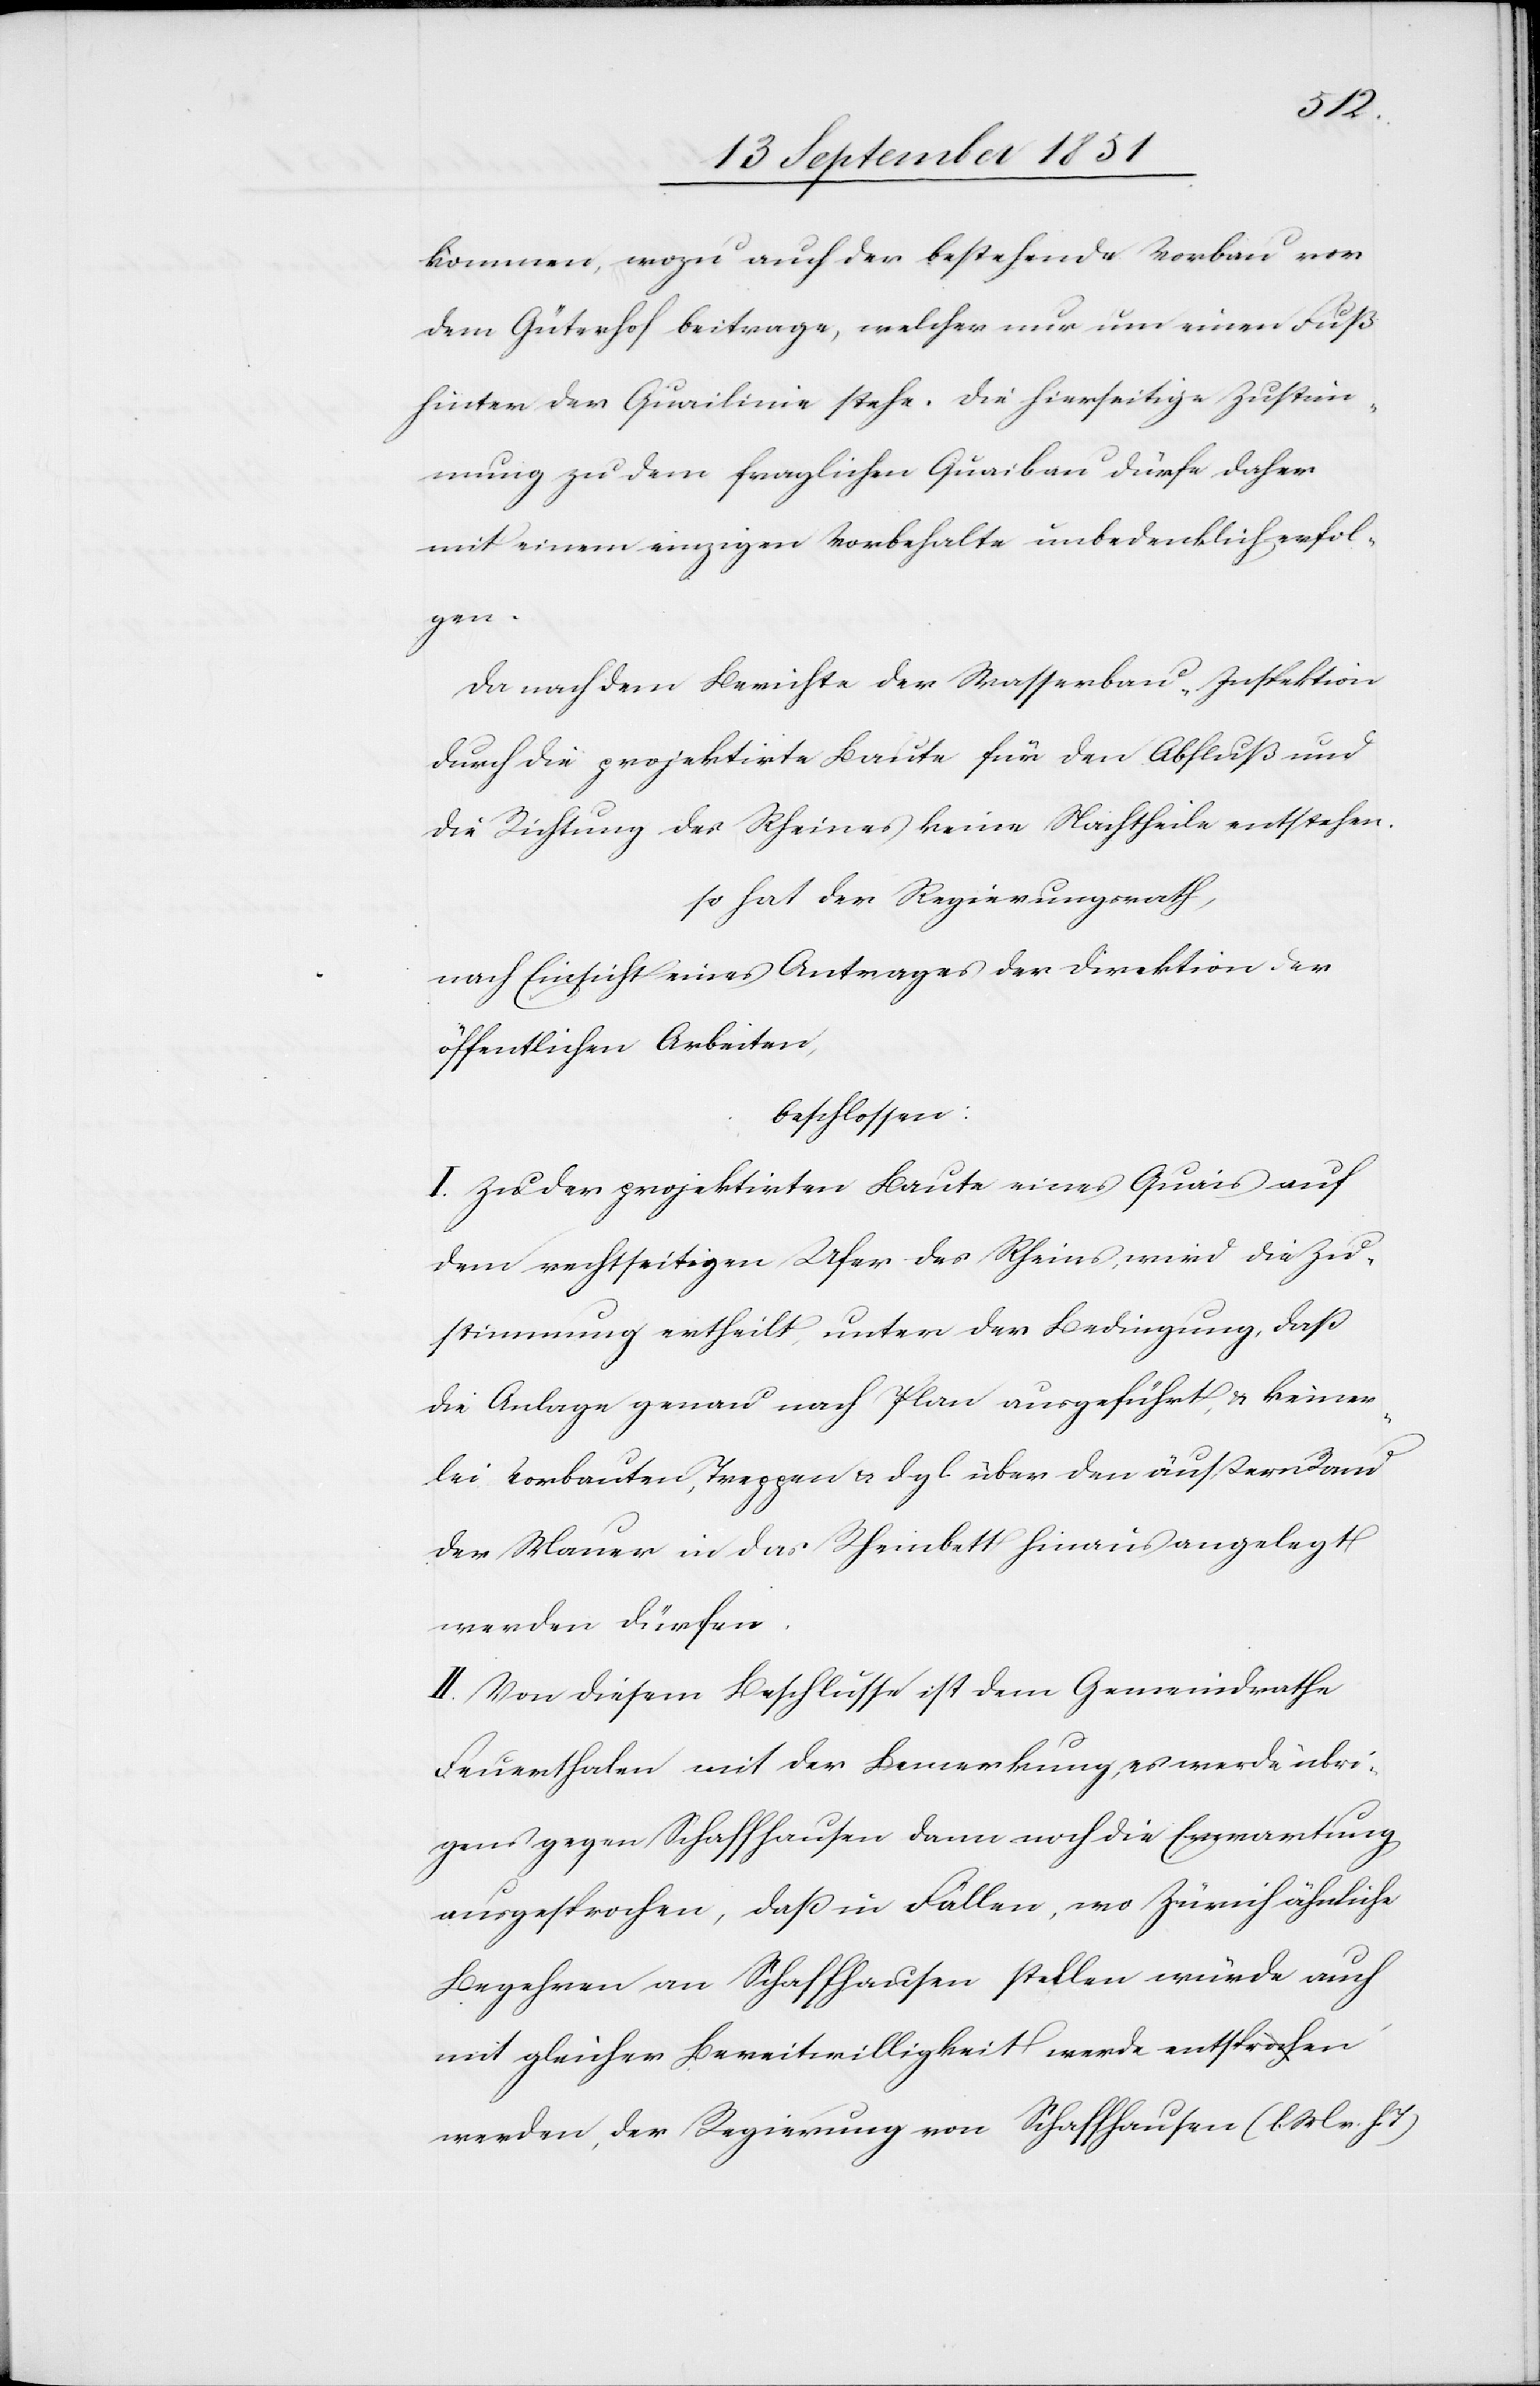
kommen, wozu auch der bestehende Vorbau vor
dem Güterhof beitrage, welcher nur um einen Fuß
hinter der Quailinie stehe. Die hierseitige Zustim¬
mung zu dem fraglichen Quaibau dürfe daher
mit einem einzigen Vorbehalte unbedenklich erfol¬
gen.
Da nach dem Berichte der Wasserbau-Inspektion
durch die projektirte Baute für den Abfluß und
die Richtung des Rheines keine Nachtheile entstehen.
so hat der Regierungsrath,
nach Einsicht eines Antrages der Direktion der
öffentlichen Arbeiten,
beschlossen:
I. Zu der projektirten Baute eines Quais auf
dem rechtseitigen Ufer des Rheins, wird die Zu¬
stimmung ertheilt, unter der Bedingung, daß
die Anlage genau nach Plan ausgeführt, & keiner¬
lei Vorbauten, Treppen & dgl. über den äußern Rand
der Mauer in das Rheinbett hinaus angelegt
werden dürfen.
II. Von diesem Beschlusse ist dem Gemeindrathe
Feuerthalen mit der Bemerkung, es werde übri¬
gens gegen Schaffhausen dann noch die Erwartung
ausgesprochen, daß in Fällen, wo Zürich ähnliche
Begehren an Schaffhausen stellen würde auch
mit gleicher Bereitwilligkeit werde entsprochen
werden, der Regierung von Schaffhausen (l. M. v. h.